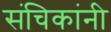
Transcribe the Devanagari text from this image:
संचिकांनी